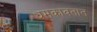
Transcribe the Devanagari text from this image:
धमकावतात